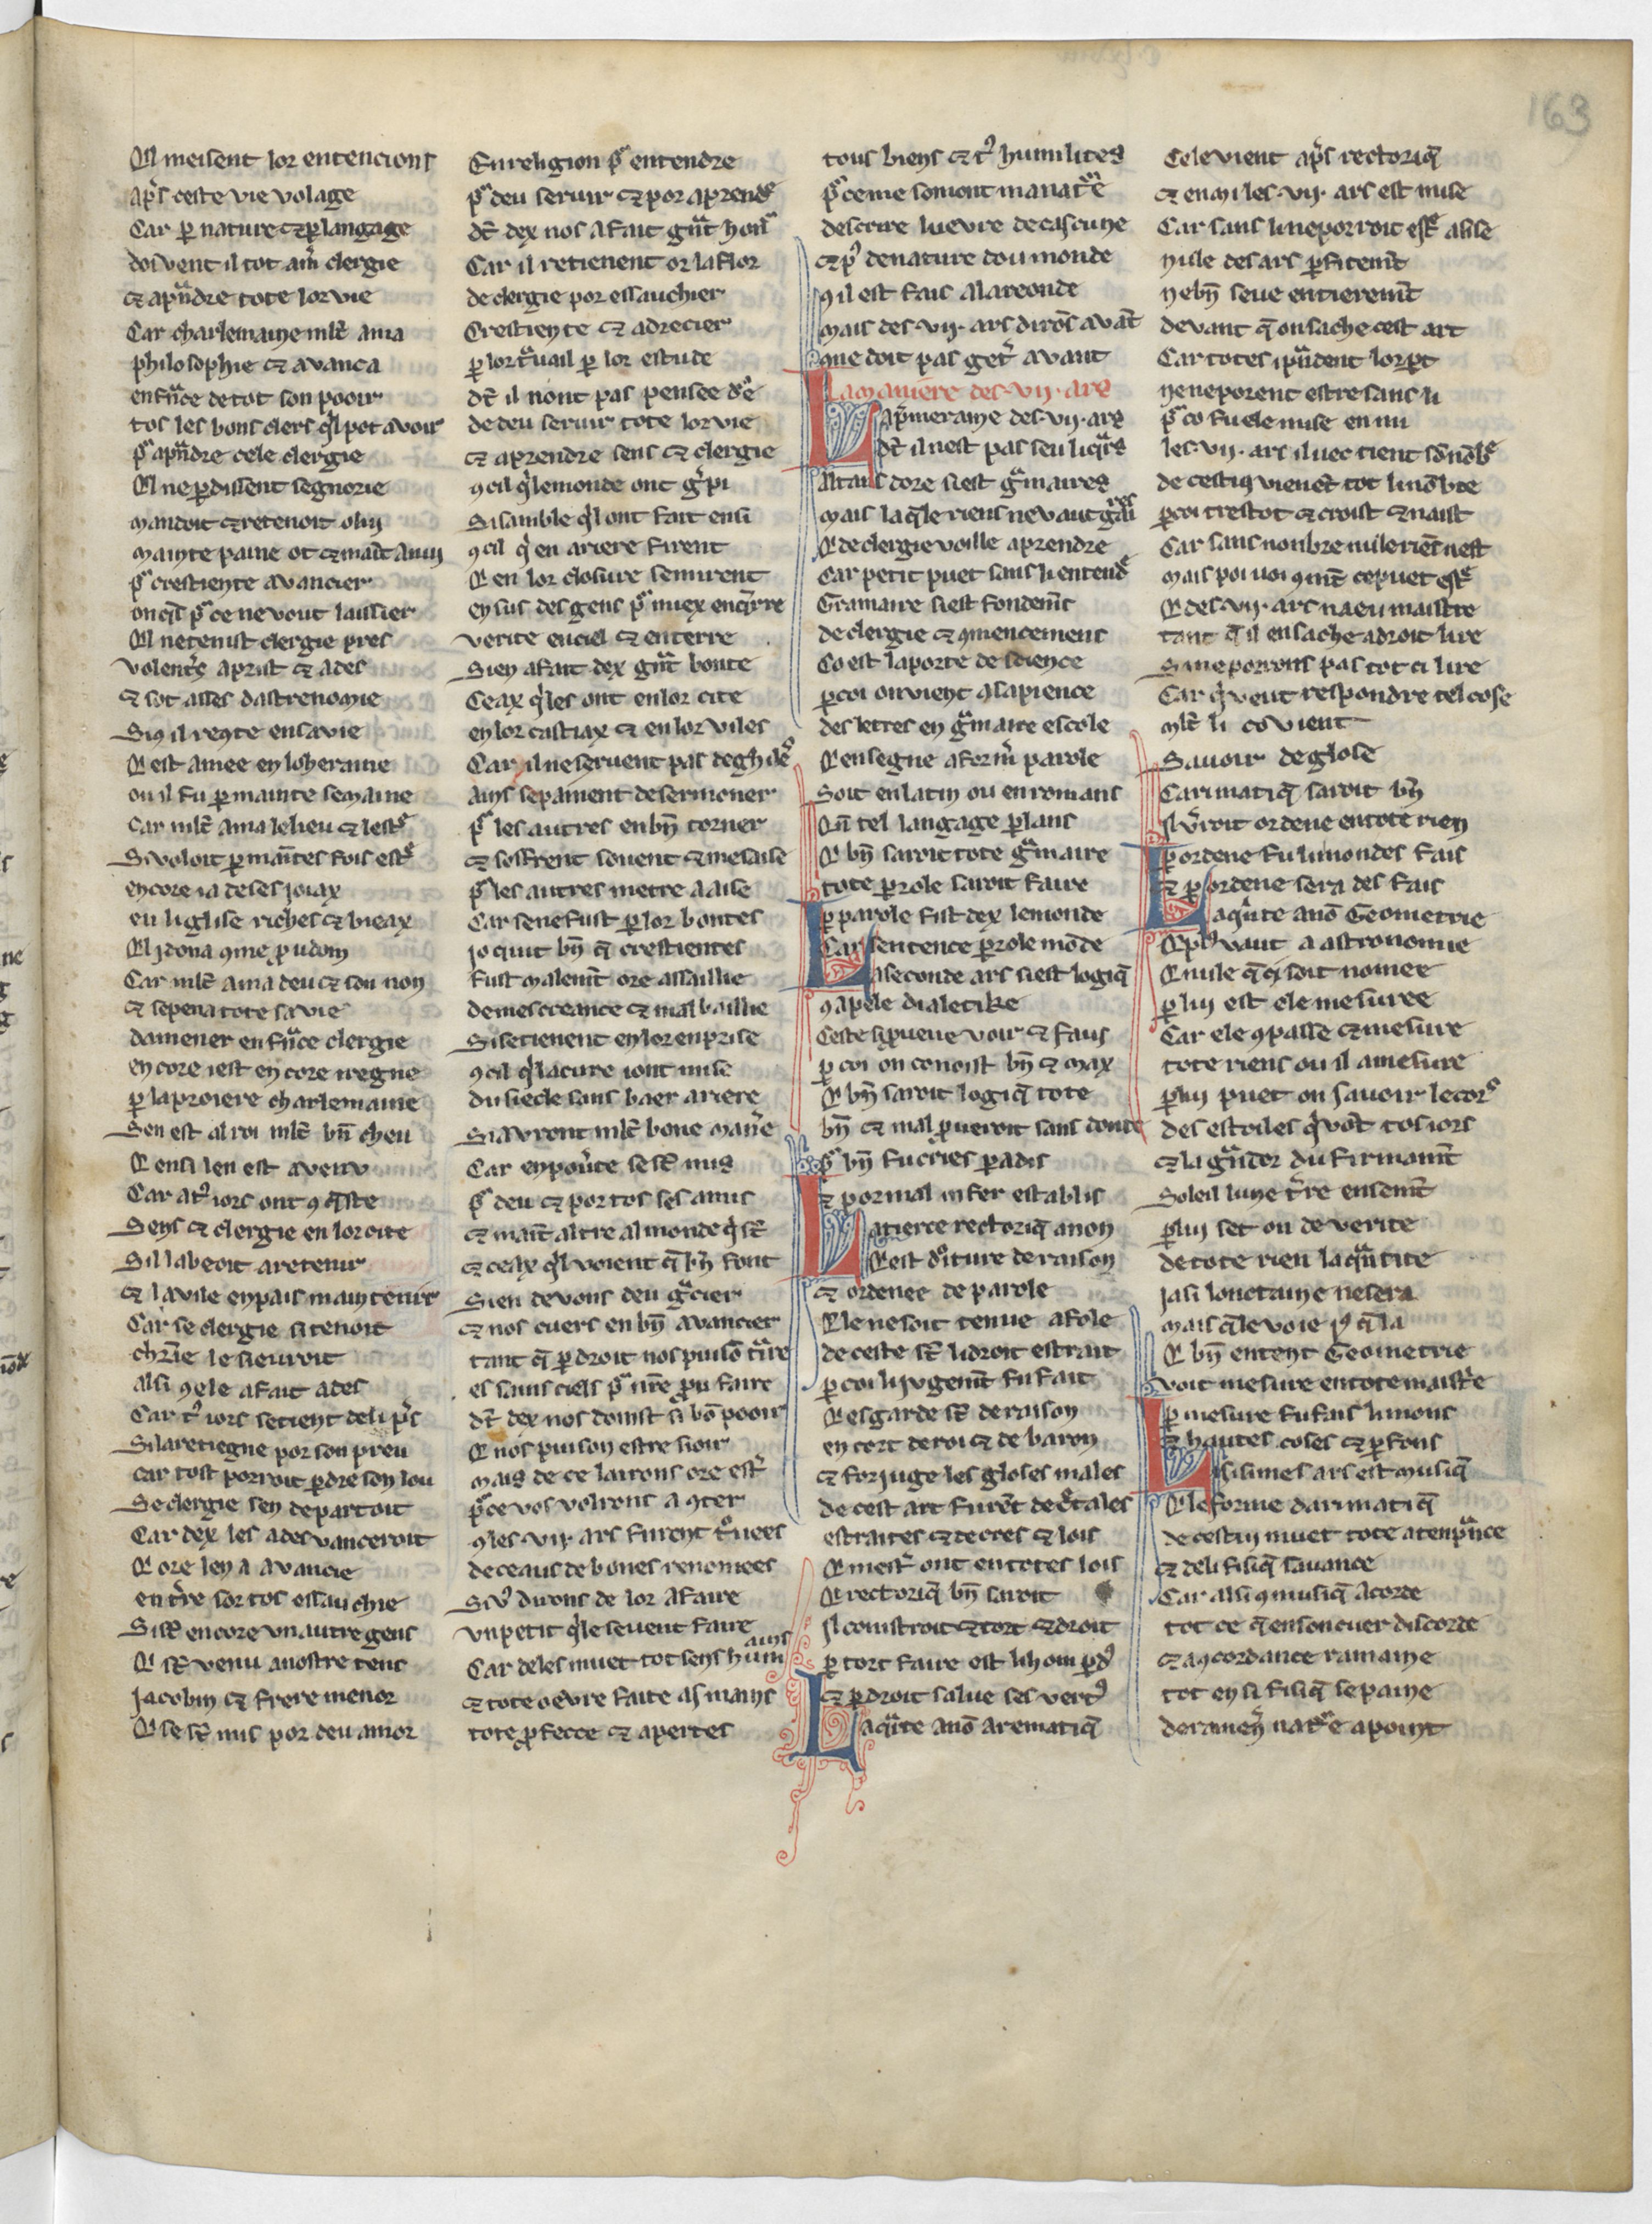
Shelfmark: Paris, BnF, Arsenal 3516
Century: 13